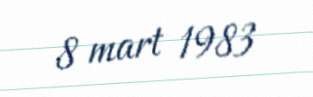
8 mart 1983